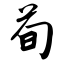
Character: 荀